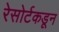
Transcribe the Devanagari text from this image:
रेसोर्टकडून